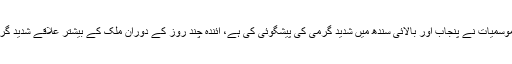
02 جون2018ء) محکمہ موسمیات نے پنجاب اور بالائی سندھ میں شدید گرمی کی پیشگوئی کی ہے، آئندہ چند روز کے دوران ملک کے بیشتر علاقے شدید گرمی کی لپیٹ میں رہیں گے۔